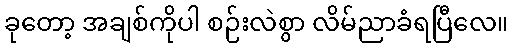
ခုတော့ အချစ်ကိုပါ စဉ်းလဲစွာ လိမ်ညာခံရပြီလေ။